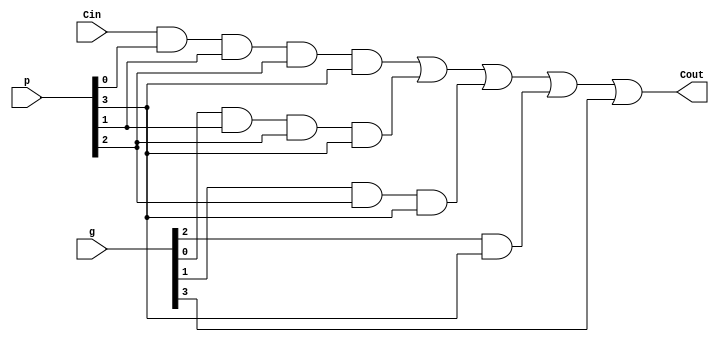
// ----------------------------------------------------------------------------
// Class                : EE271
// Term                 : Summer 2016
// Student ID           : 010120266
// Module               :  .v
// Edianness            : 
// Active clock edge    : Positive edge
// Edianness            : Big endian - MSB:LSB
// Reset                : Asynchronous active high level triggered
// ----------------------------------------------------------------------------

`timescale 1ns  / 10 ps

module carry_out_4 (input  Cin,   input  [3:0] g, p, output Cout);
assign Cout =(( Cin & p[0]&p[1]&p[2]&p[3])     | (g[0]&p[1]&p[2]&p[3])     | (g[1]&p[2]&p[3])      | (g[2]&p[3])       |  g[3] );
endmodule
 

`timescale 1ns  / 10 ps

module carry_out_8 ( input  Cin,   input  [7:0] g, p, output Cout);
assign Cout = (( Cin & p[0]&p[1]&p[2]&p[3]&p[4]&p[5]&p[6]&p[7])  | (g[0]&p[1]&p[2]&p[3]&p[4]&p[5]&p[6]&p[7]) | (g[1]&p[2]&p[3]&p[4]&p[5]&p[6]&p[7])  | (g[2]&p[3]&p[4]&p[5]&p[6]&p[7])   | (g[3]&p[4]&p[5]&p[6]&p[7])    | g[4]&p[5]&p[6]&p[7]   | g[5]&p[6]&p[7]    | g[6]&p[7] | g[7]);  
endmodule


`timescale 1ns  / 10 ps

module carry_out_16 ( input  Cin,   input  [15:0] g, p, output Cout);
assign Cout = (( Cin &  p[0] &p[1]  &p[2]  &p[3]  &p[4]  &p[5]  &p[6]  &p[7]  &p[8]  &p[9]  &p[10] &p[11] &p[12] &p[13] &p[14] &p[15])  | 
                       (g[0] &p[1]  &p[2]  &p[3]  &p[4]  &p[5]  &p[6]  &p[7]  &p[8]  &p[9]  &p[10] &p[11] &p[12] &p[13] &p[14] &p[15])  | 
                       (g[1] &p[2]  &p[3]  &p[4]  &p[5]  &p[6]  &p[7]  &p[8]  &p[9]  &p[10] &p[11] &p[12] &p[13] &p[14] &p[15])  | 
                       (g[2] &p[3]  &p[4]  &p[5]  &p[6]  &p[7]  &p[8]  &p[9]  &p[10] &p[11] &p[12] &p[13] &p[14] &p[15])  | 
                       (g[3] &p[4]  &p[5]  &p[6]  &p[7]  &p[8]  &p[9]  &p[10] &p[11] &p[12] &p[13] &p[14] &p[15])  | 
                       (g[4] &p[5]  &p[6]  &p[7]  &p[8]  &p[9]  &p[10] &p[11] &p[12] &p[13] &p[14] &p[15])  | 
                       (g[5] &p[6]  &p[7]  &p[8]  &p[9]  &p[10] &p[11] &p[12] &p[13] &p[14] &p[15])  | 
                       (g[6] &p[7]  &p[8]  &p[9]  &p[10] &p[11] &p[12] &p[13] &p[14] &p[15])  | 
                       (g[7] &p[8]  &p[9]  &p[10] &p[11] &p[12] &p[13] &p[14] &p[15])  | 
                       (g[8] &p[9]  &p[10] &p[11] &p[12] &p[13] &p[14] &p[15])  | 
                       (g[9] &p[10] &p[11] &p[12] &p[13] &p[14] &p[15])  | 
                      (g[10] &p[11] &p[12] &p[13] &p[14] &p[15])  | 
                      (g[11] &p[12] &p[13] &p[14] &p[15])  | 
                      (g[12] &p[13] &p[14] &p[15])  | 
                      (g[13] &p[14] &p[15])  | 
                      (g[14] &p[15])  | 
                      (g[15])
					   );
endmodule


`timescale 1ns  / 10 ps

module carry_out_32 ( input  Cin,   input  [31:0] g, p, output Cout);
assign Cout = (( Cin &  p[0] &p[1]  &p[2]  &p[3]  &p[4]  &p[5]  &p[6]  &p[7]  &p[8]  &p[9]  &p[10] &p[11] &p[12] &p[13] &p[14] &p[15] &p[16] &p[17] &p[18] &p[19] &p[20] &p[21] &p[22] &p[23] &p[24] &p[25] &p[26] &p[27] &p[28] &p[29] &p[30] &p[31])  | 
                       (g[0] &p[1]  &p[2]  &p[3]  &p[4]  &p[5]  &p[6]  &p[7]  &p[8]  &p[9]  &p[10] &p[11] &p[12] &p[13] &p[14] &p[15] &p[16] &p[17] &p[18] &p[19] &p[20] &p[21] &p[22] &p[23] &p[24] &p[25] &p[26] &p[27] &p[28] &p[29] &p[30] &p[31])  | 
                       (g[1] &p[2]  &p[3]  &p[4]  &p[5]  &p[6]  &p[7]  &p[8]  &p[9]  &p[10] &p[11] &p[12] &p[13] &p[14] &p[15] &p[16] &p[17] &p[18] &p[19] &p[20] &p[21] &p[22] &p[23] &p[24] &p[25] &p[26] &p[27] &p[28] &p[29] &p[30] &p[31])  |  
                       (g[2] &p[3]  &p[4]  &p[5]  &p[6]  &p[7]  &p[8]  &p[9]  &p[10] &p[11] &p[12] &p[13] &p[14] &p[15] &p[16] &p[17] &p[18] &p[19] &p[20] &p[21] &p[22] &p[23] &p[24] &p[25] &p[26] &p[27] &p[28] &p[29] &p[30] &p[31])  | 
                       (g[3] &p[4]  &p[5]  &p[6]  &p[7]  &p[8]  &p[9]  &p[10] &p[11] &p[12] &p[13] &p[14] &p[15] &p[16] &p[17] &p[18] &p[19] &p[20] &p[21] &p[22] &p[23] &p[24] &p[25] &p[26] &p[27] &p[28] &p[29] &p[30] &p[31])  | 
                       (g[4] &p[5]  &p[6]  &p[7]  &p[8]  &p[9]  &p[10] &p[11] &p[12] &p[13] &p[14] &p[15] &p[16] &p[17] &p[18] &p[19] &p[20] &p[21] &p[22] &p[23] &p[24] &p[25] &p[26] &p[27] &p[28] &p[29] &p[30] &p[31])  | 
                       (g[5] &p[6]  &p[7]  &p[8]  &p[9]  &p[10] &p[11] &p[12] &p[13] &p[14] &p[15] &p[16] &p[17] &p[18] &p[19] &p[20] &p[21] &p[22] &p[23] &p[24] &p[25] &p[26] &p[27] &p[28] &p[29] &p[30] &p[31])  | 
                       (g[6] &p[7]  &p[8]  &p[9]  &p[10] &p[11] &p[12] &p[13] &p[14] &p[15] &p[16] &p[17] &p[18] &p[19] &p[20] &p[21] &p[22] &p[23] &p[24] &p[25] &p[26] &p[27] &p[28] &p[29] &p[30] &p[31])  | 
                       (g[7] &p[8]  &p[9]  &p[10] &p[11] &p[12] &p[13] &p[14] &p[15] &p[16] &p[17] &p[18] &p[19] &p[20] &p[21] &p[22] &p[23] &p[24] &p[25] &p[26] &p[27] &p[28] &p[29] &p[30] &p[31])  | 
                       (g[8] &p[9]  &p[10] &p[11] &p[12] &p[13] &p[14] &p[15] &p[16] &p[17] &p[18] &p[19] &p[20] &p[21] &p[22] &p[23] &p[24] &p[25] &p[26] &p[27] &p[28] &p[29] &p[30] &p[31])  | 
                       (g[9] &p[10] &p[11] &p[12] &p[13] &p[14] &p[15] &p[16] &p[17] &p[18] &p[19] &p[20] &p[21] &p[22] &p[23] &p[24] &p[25] &p[26] &p[27] &p[28] &p[29] &p[30] &p[31])  | 
                       (g[10]&p[11] &p[12] &p[13] &p[14] &p[15] &p[16] &p[17] &p[18] &p[19] &p[20] &p[21] &p[22] &p[23] &p[24] &p[25] &p[26] &p[27] &p[28] &p[29] &p[30] &p[31])  | 
                       (g[11]&p[12] &p[13] &p[14] &p[15] &p[16] &p[17] &p[18] &p[19] &p[20] &p[21] &p[22] &p[23] &p[24] &p[25] &p[26] &p[27] &p[28] &p[29] &p[30] &p[31])  | 
                       (g[12]&p[13] &p[14] &p[15] &p[16] &p[17] &p[18] &p[19] &p[20] &p[21] &p[22] &p[23] &p[24] &p[25] &p[26] &p[27] &p[28] &p[29] &p[30] &p[31])  | 
                       (g[13]&p[14] &p[15] &p[16] &p[17] &p[18] &p[19] &p[20] &p[21] &p[22] &p[23] &p[24] &p[25] &p[26] &p[27] &p[28] &p[29] &p[30] &p[31])  | 
                       (g[14]&p[15] &p[16] &p[17] &p[18] &p[19] &p[20] &p[21] &p[22] &p[23] &p[24] &p[25] &p[26] &p[27] &p[28] &p[29] &p[30] &p[31])  | 
                       (g[15]&p[16] &p[17] &p[18] &p[19] &p[20] &p[21] &p[22] &p[23] &p[24] &p[25] &p[26] &p[27] &p[28] &p[29] &p[30] &p[31])  | 
                       (g[16]&p[17] &p[18] &p[19] &p[20] &p[21] &p[22] &p[23] &p[24] &p[25] &p[26] &p[27] &p[28] &p[29] &p[30] &p[31])  | 
                       (g[17]&p[18] &p[19] &p[20] &p[21] &p[22] &p[23] &p[24] &p[25] &p[26] &p[27] &p[28] &p[29] &p[30] &p[31])  | 
                       (g[18]&p[19] &p[20] &p[21] &p[22] &p[23] &p[24] &p[25] &p[26] &p[27] &p[28] &p[29] &p[30] &p[31])  | 
                       (g[19]&p[20] &p[21] &p[22] &p[23] &p[24] &p[25] &p[26] &p[27] &p[28] &p[29] &p[30] &p[31])  | 
                       (g[20]&p[21] &p[22] &p[23] &p[24] &p[25] &p[26] &p[27] &p[28] &p[29] &p[30] &p[31])  | 
                       (g[21]&p[22] &p[23] &p[24] &p[25] &p[26] &p[27] &p[28] &p[29] &p[30] &p[31])  | 
                       (g[22]&p[23] &p[24] &p[25] &p[26] &p[27] &p[28] &p[29] &p[30] &p[31])  | 
                       (g[23]&p[24] &p[25] &p[26] &p[27] &p[28] &p[29] &p[30] &p[31])  | 
                       (g[24]&p[25] &p[26] &p[27] &p[28] &p[29] &p[30] &p[31])  | 
                       (g[25]&p[26] &p[27] &p[28] &p[29] &p[30] &p[31])  | 
                       (g[26]&p[27] &p[28] &p[29] &p[30] &p[31])  | 
                       (g[27]&p[28] &p[29] &p[30] &p[31])  | 
                       (g[28]&p[29] &p[30] &p[31])  | 
                       (g[29]&p[30] &p[31])  | 
                       (g[30]&p[31])  | 
                       (g[31])
                       );
					   
endmodule